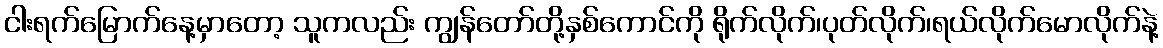
ငါးရက်မြောက်နေ့မှာတော့ သူကလည်း ကျွန်တော်တို့နှစ်ကောင်ကို ရိုက်လိုက်၊ပုတ်လိုက်၊ရယ်လိုက်မောလိုက်နဲ့